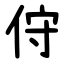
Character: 㑏